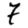
Digit: 7